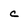
Character: c